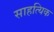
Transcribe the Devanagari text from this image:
साहत्यिक